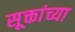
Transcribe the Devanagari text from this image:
सूक्तांच्या